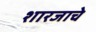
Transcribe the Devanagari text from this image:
शारजाचे